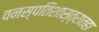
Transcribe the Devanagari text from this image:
वनस्पतिशास्त्रातहा